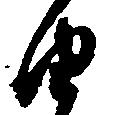
由